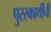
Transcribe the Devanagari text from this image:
पुरस्कार्थींची